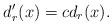
LaTeX: \begin{align*}d'_r(x)=cd_r(x).\end{align*}